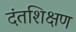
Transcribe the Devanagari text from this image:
दंतशिक्षण